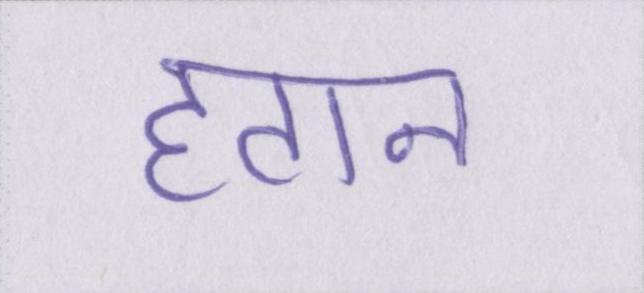
हटान